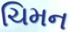
ચિમન